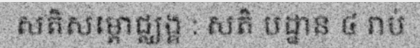
សតិសម្ពោជ្ឈង្គ : សតិ បដ្ឋាន ៤ រាប់